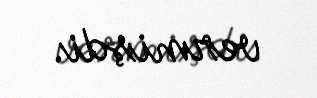
vermişdi.